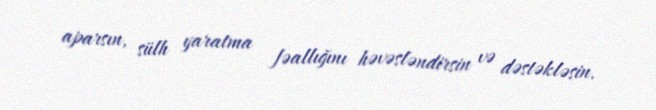
aparsın, sülh yaratma fəallığını həvəsləndirsin və dəstəkləsin.